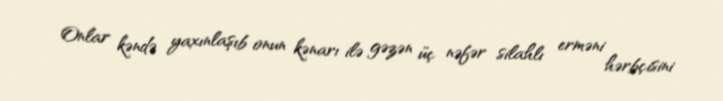
Onlar kəndə yaxınlaşıb onun kənarı ilə gəzən üç nəfər silahlı erməni hərbçisini